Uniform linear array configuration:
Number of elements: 32
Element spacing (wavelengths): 0.5
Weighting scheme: kaiser
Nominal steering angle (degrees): -30
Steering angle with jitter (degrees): -29.481
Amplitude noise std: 0.05
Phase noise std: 0.05

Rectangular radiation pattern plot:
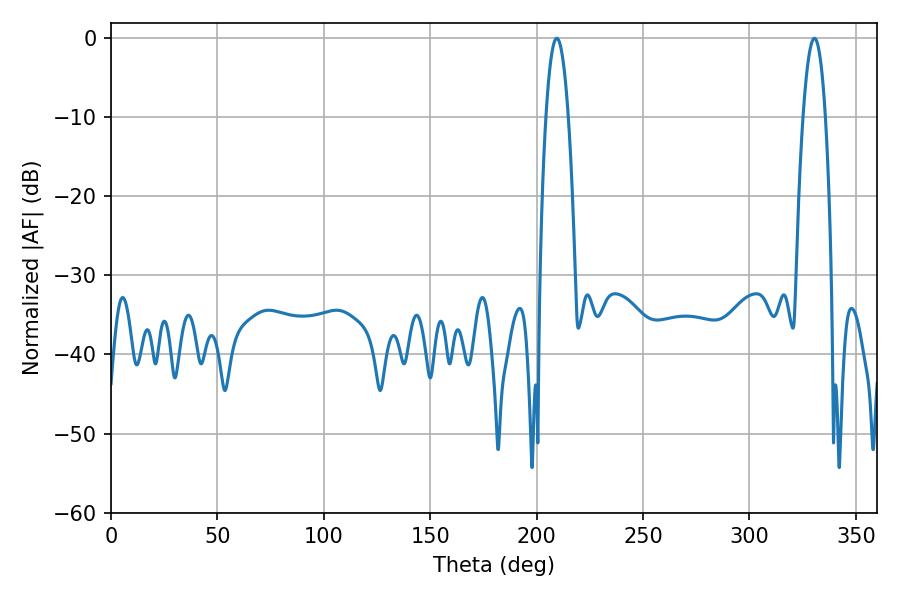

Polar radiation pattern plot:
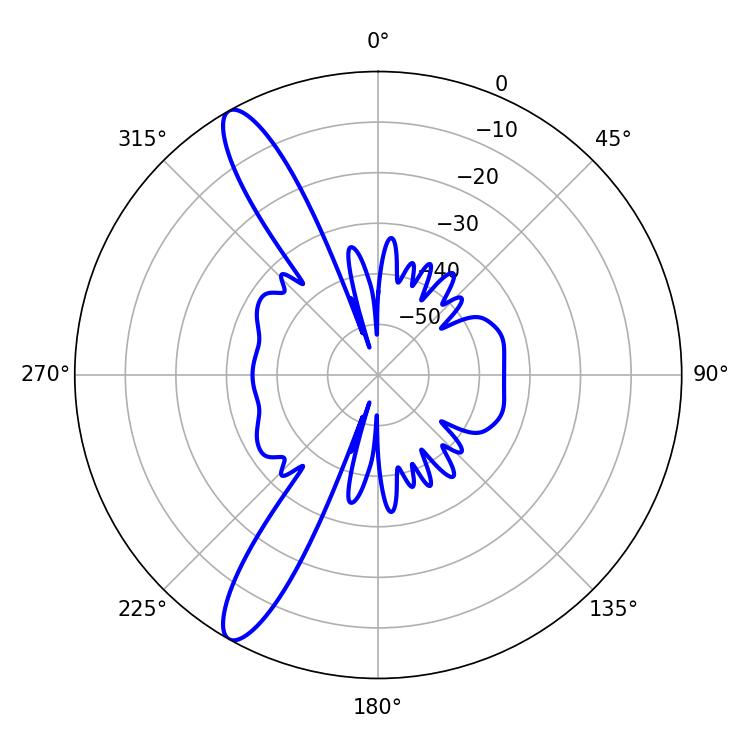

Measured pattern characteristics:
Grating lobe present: FALSE
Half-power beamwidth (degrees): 5.76
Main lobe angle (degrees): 330.48